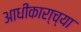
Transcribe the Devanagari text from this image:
आधीकारा्च्या